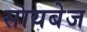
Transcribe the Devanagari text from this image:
सायबेज